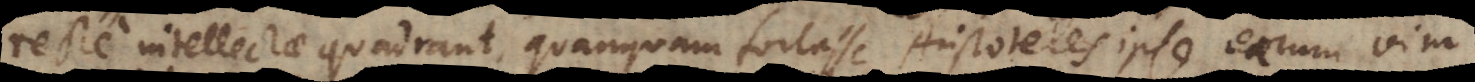
recte intellectae quadrant, quanquam fortasse Aristoteles ipse earum vim